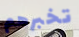
تخبرهم